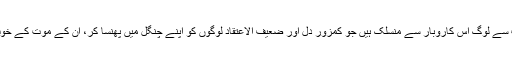
آج ‘روحانی خوشی‘ دلانے والے بہت سے لوگ اس کاروبار سے منسلک ہیں جو کمزور دل اور ضعیف الاعتقاد لوگوں کو اپنے چنگل میں پھنسا کر، ان کے موت کے خوف سے فائدہ اٹھا کر انہیں لوٹتے ہیں ۔